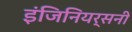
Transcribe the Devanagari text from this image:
इंजिनियर्सनी